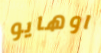
اوهايو